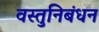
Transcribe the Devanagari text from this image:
वस्तुनिबंधन